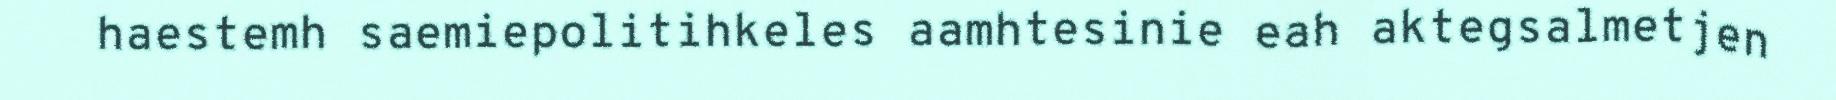
haestemh saemiepolitihkeles aamhtesinie eah aktegsalmetjen